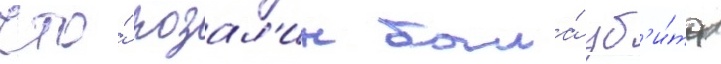
что́ розал'ин была́ уб'и́та